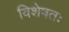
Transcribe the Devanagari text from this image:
विशेषतः